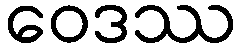
ဝေဒဿ